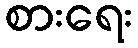
စားရေး